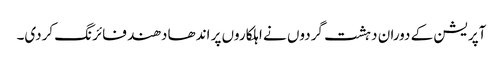
آپریشن کے دوران دہشت گردوں نے اہلکاروں پر اندھا دھند فائرنگ کردی۔